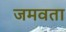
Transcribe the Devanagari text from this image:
जमवता